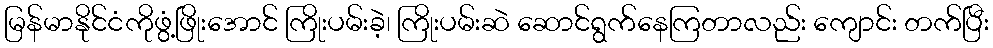
မြန်မာနိုင်ငံကိုဖွံ့ဖြိုးအောင် ကြိုးပမ်းခဲ့၊ ကြိုးပမ်းဆဲ ဆောင်ရွက်နေကြတာလည်း ကျောင်း တက်ပြီး